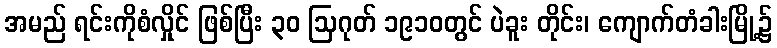
အမည် ရင်းကိုစံလှိုင် ဖြစ်ပြီး ၃၀ ဩဂုတ် ၁၉၁၀တွင် ပဲခူး တိုင်း၊ ကျောက်တံခါးမြို့၌